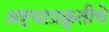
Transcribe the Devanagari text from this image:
अष्टधाप्रक्रुतीचे